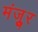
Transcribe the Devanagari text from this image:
मंजूुर